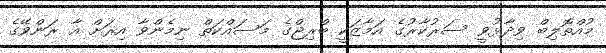
މުއްތޮލިބް ވިދާޅުވީ ސަރުކާރުގެ އަމާޒަކީ ބްރިޖްގެ މަސައްކަތް ނިމެންވާ އިރަށް އާ ރަންވޭގެ